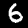
Digit: 6